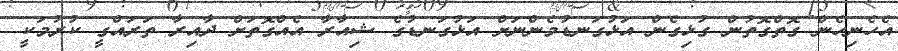
އެހެނިހެން ގޮތްގޮތުން ގުޅިގެން އަޅުގަނޑުމެންނަށް އަޅުގަނޑުގެ ޝިއާރާ އެއްގޮތަށް ދާއިރާ ތަރައްގީ ކުރުމަކީ